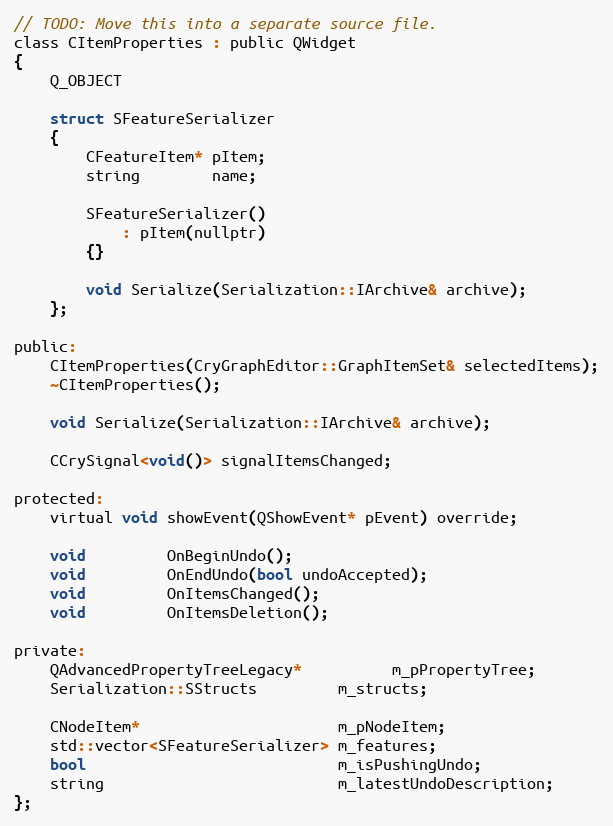
Language: C
// TODO: Move this into a separate source file.
class CItemProperties : public QWidget
{
	Q_OBJECT

	struct SFeatureSerializer
	{
		CFeatureItem* pItem;
		string        name;

		SFeatureSerializer()
			: pItem(nullptr)
		{}

		void Serialize(Serialization::IArchive& archive);
	};

public:
	CItemProperties(CryGraphEditor::GraphItemSet& selectedItems);
	~CItemProperties();

	void Serialize(Serialization::IArchive& archive);

	CCrySignal<void()> signalItemsChanged;

protected:
	virtual void showEvent(QShowEvent* pEvent) override;

	void         OnBeginUndo();
	void         OnEndUndo(bool undoAccepted);
	void         OnItemsChanged();
	void         OnItemsDeletion();

private:
	QAdvancedPropertyTreeLegacy*          m_pPropertyTree;
	Serialization::SStructs         m_structs;

	CNodeItem*                      m_pNodeItem;
	std::vector<SFeatureSerializer> m_features;
	bool                            m_isPushingUndo;
	string                          m_latestUndoDescription;
};